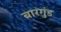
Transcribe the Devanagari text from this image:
बारगुंड